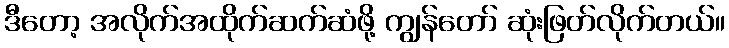
ဒီတော့ အလိုက်အထိုက်ဆက်ဆံဖို့ ကျွန်တော် ဆုံးဖြတ်လိုက်တယ်။